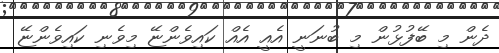
ދެން މި ބޭފުޅުން މި ބުނަނީ އެއީ އެއް ކައިވެންޏޭ މިވެނި ކައިވެންޏޭ